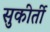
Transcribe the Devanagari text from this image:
सुकीर्ती